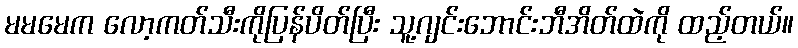
မမမေက လော့ကတ်သီးကိုပြန်ပိတ်ပြီး သူ့ဂျင်းဘောင်းဘီအိတ်ထဲကို ထည့်တယ်။